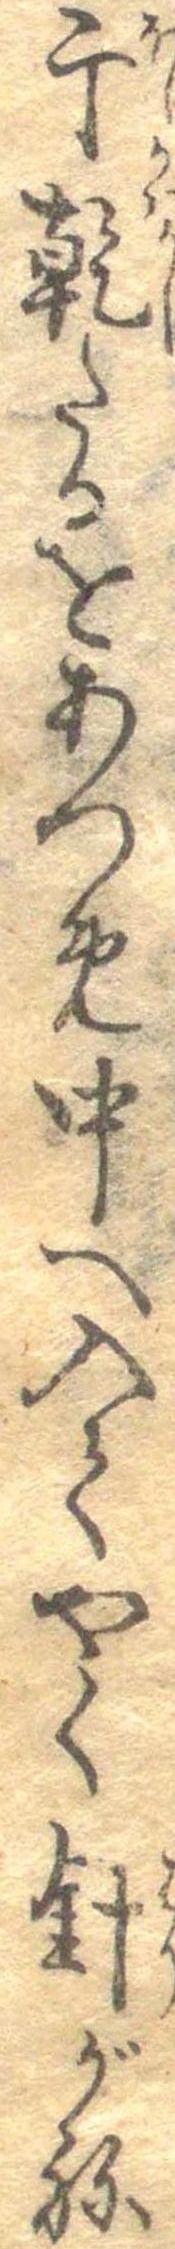
干乾たるをあつめ中へ入てやく針がね